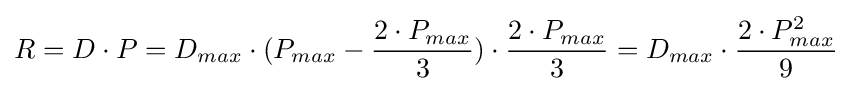
R={D}\cdot {P}={D_{max}\cdot (P_{max}-{\frac {2\cdot P_{max}}{3}})}\cdot {\frac {2\cdot P_{max}}{3}}={D_{max}\cdot {\frac {2\cdot P_{max}^{2}}{9}}}